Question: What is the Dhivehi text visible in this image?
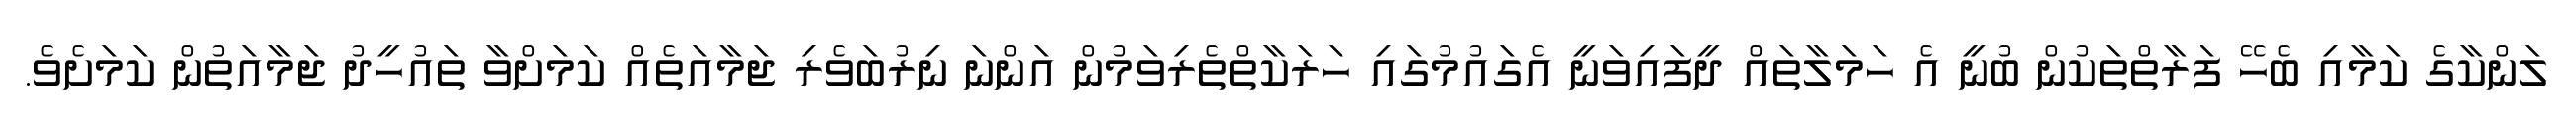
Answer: ލަންކާގެ ކަމާއި ބެހޭ ފަރާތްތަކުން ބުނީ އެ ހަމަލާތައް ދީފައިވަނީ އެގައުމުގައި ހަރަކާތްތެރިވަމުން އަންނަ ނިރުބަވެރި ޖަމާއަތެއް ކަމަށްވާ ތައުހީދު ޖަމާއަތުން ކަމަށެވެ.